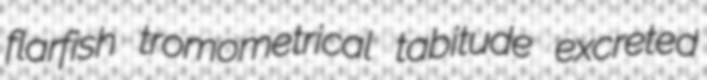
flarfish tromometrical tabitude excreted